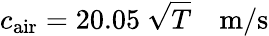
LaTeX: c_{\mathrm{air}}=20.05~{\sqrt{T}}~~~~\mathrm{m/s}